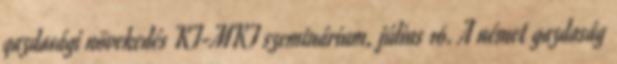
gazdasági növekedés KT-MKT szeminárium, július 16. A német gazdaság